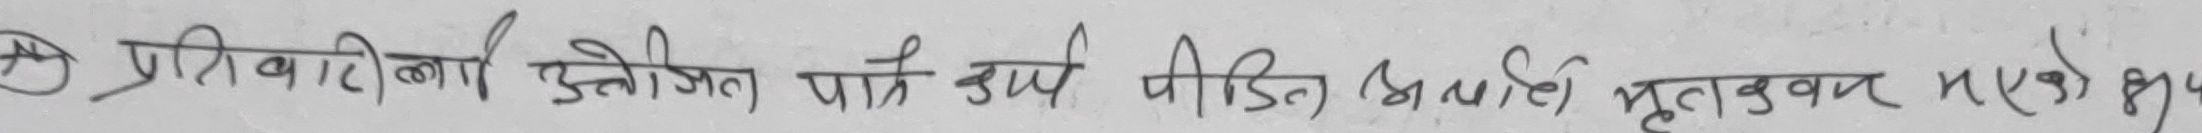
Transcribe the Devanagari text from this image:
(ङ) प्रतिवारी आयोजित पार्क उप पीडित अनादी मृतकवर्ग लाई भएको